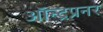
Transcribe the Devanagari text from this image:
ऑन्ट्रप्रनर